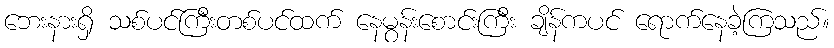
ဘေးနားရှိ သစ်ပင်ကြီးတစ်ပင်ထက် နေမွန်းစောင်းကြီး ချိန်ကပင် ရောက်နေခဲ့ကြသည်။